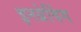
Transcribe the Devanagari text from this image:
इनग्रेविंग